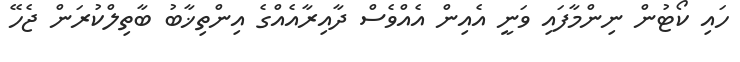
ހައި ކޯޓުން ނިންމާފައި ވަނީ އެއިން އެއްވެސް ދާއިރާއެއްގެ އިންތިޚާބު ބާތިލްކުރަން ޖެހޭ